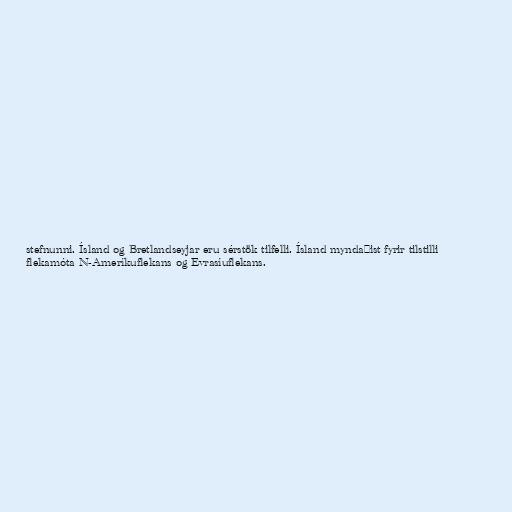
stefnunni. Ísland og Bretlandseyjar eru sérstök tilfelli. Ísland myndaðist fyrir tilstilli
flekamóta N-Ameríkuflekans og Evrasíuflekans.